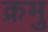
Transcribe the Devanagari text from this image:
क्रमु